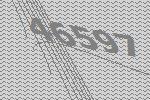
46597